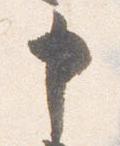
申